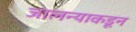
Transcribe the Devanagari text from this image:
जालन्याकडून